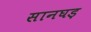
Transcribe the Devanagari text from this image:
सानघड़